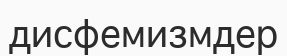
дисфемизмдер